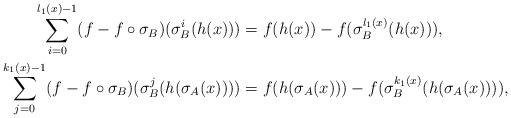
LaTeX: \begin{align*}\sum_{i=0}^{l_1(x)-1} (f- f \circ \sigma_B)(\sigma_B^i(h(x))) & = f(h(x)) - f(\sigma_B^{l_1(x)}(h(x))), \\ \sum_{j=0}^{k_1(x)-1} (f- f \circ \sigma_B)(\sigma_B^j(h(\sigma_A(x))))& =f(h(\sigma_A(x))) - f(\sigma_B^{k_1(x)}(h(\sigma_A(x)))),\end{align*}